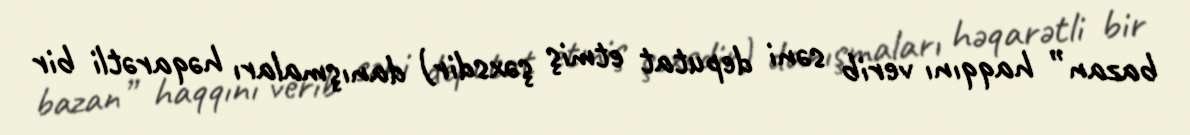
bazan” haqqını verib səni deputat etmiş şəxsdir) danışmaları həqarətli bir